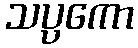
သပ္ပကော